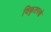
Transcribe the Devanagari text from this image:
विकृतपणे